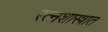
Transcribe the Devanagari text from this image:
रत्नशास्त्रात